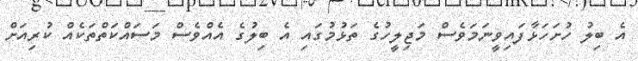
އެ ބިލު ހުށަހަޅާފައިވީނަމަވެސް މަޖިލީހުގެ ތަޅުމުގައި އެ ބިލުގެ އެއްވެސް މަސައްކަތްތަކެއް ކުރިއަށް